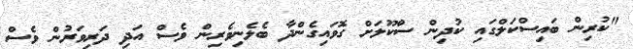
"ކުރިން ބައިސްކަލްގައި ކުދިން ސްކޫލަށް ގޮވައިގެންދާ ބެލެނިވެރިން ވެސް އަދި ދަރިވަރުން ވެސް